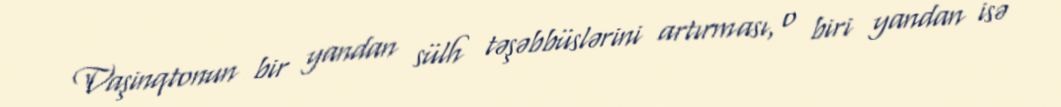
Vaşinqtonun bir yandan sülh təşəbbüslərini artırması, o biri yandan isə